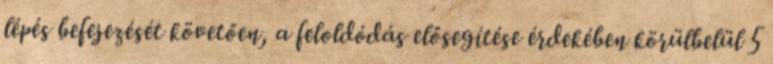
lépés befejezését követően, a feloldódás elősegítése érdekében körülbelül 5